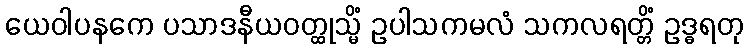
ယေဝါပနကေ ပသာဒနီယဝတ္ထုသ္မိံ ဥပါသကမလံ သကလရတ္တိံ ဥဒ္ဓရတု